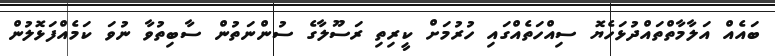
ބައެއް އަލާމާތްތައްދުޅަހެޔޮ ސިއްހަތެއްގައި ހުރުމަށް ކީރިތި ރަސޫލާގެ ސުންނަތުން ސާބިތުވާ ނުވަ ކަމެއްފަޅޮލުން